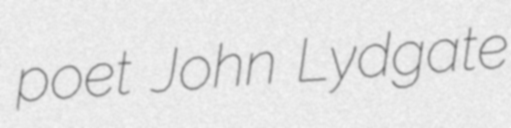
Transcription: poet John Lydgate